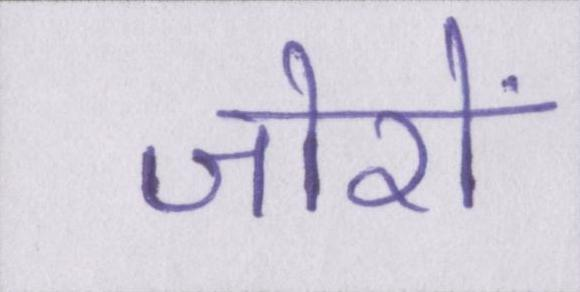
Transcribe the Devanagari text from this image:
जोरों